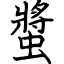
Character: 螿